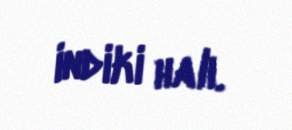
indiki halı.